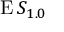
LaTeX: \operatorname { E } S _ { 1 . 0 }